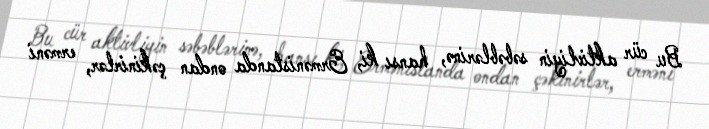
Bu cür aktivliyin səbəblərinə, hansı ki, Ermənistanda ondan çəkinirlər, erməni